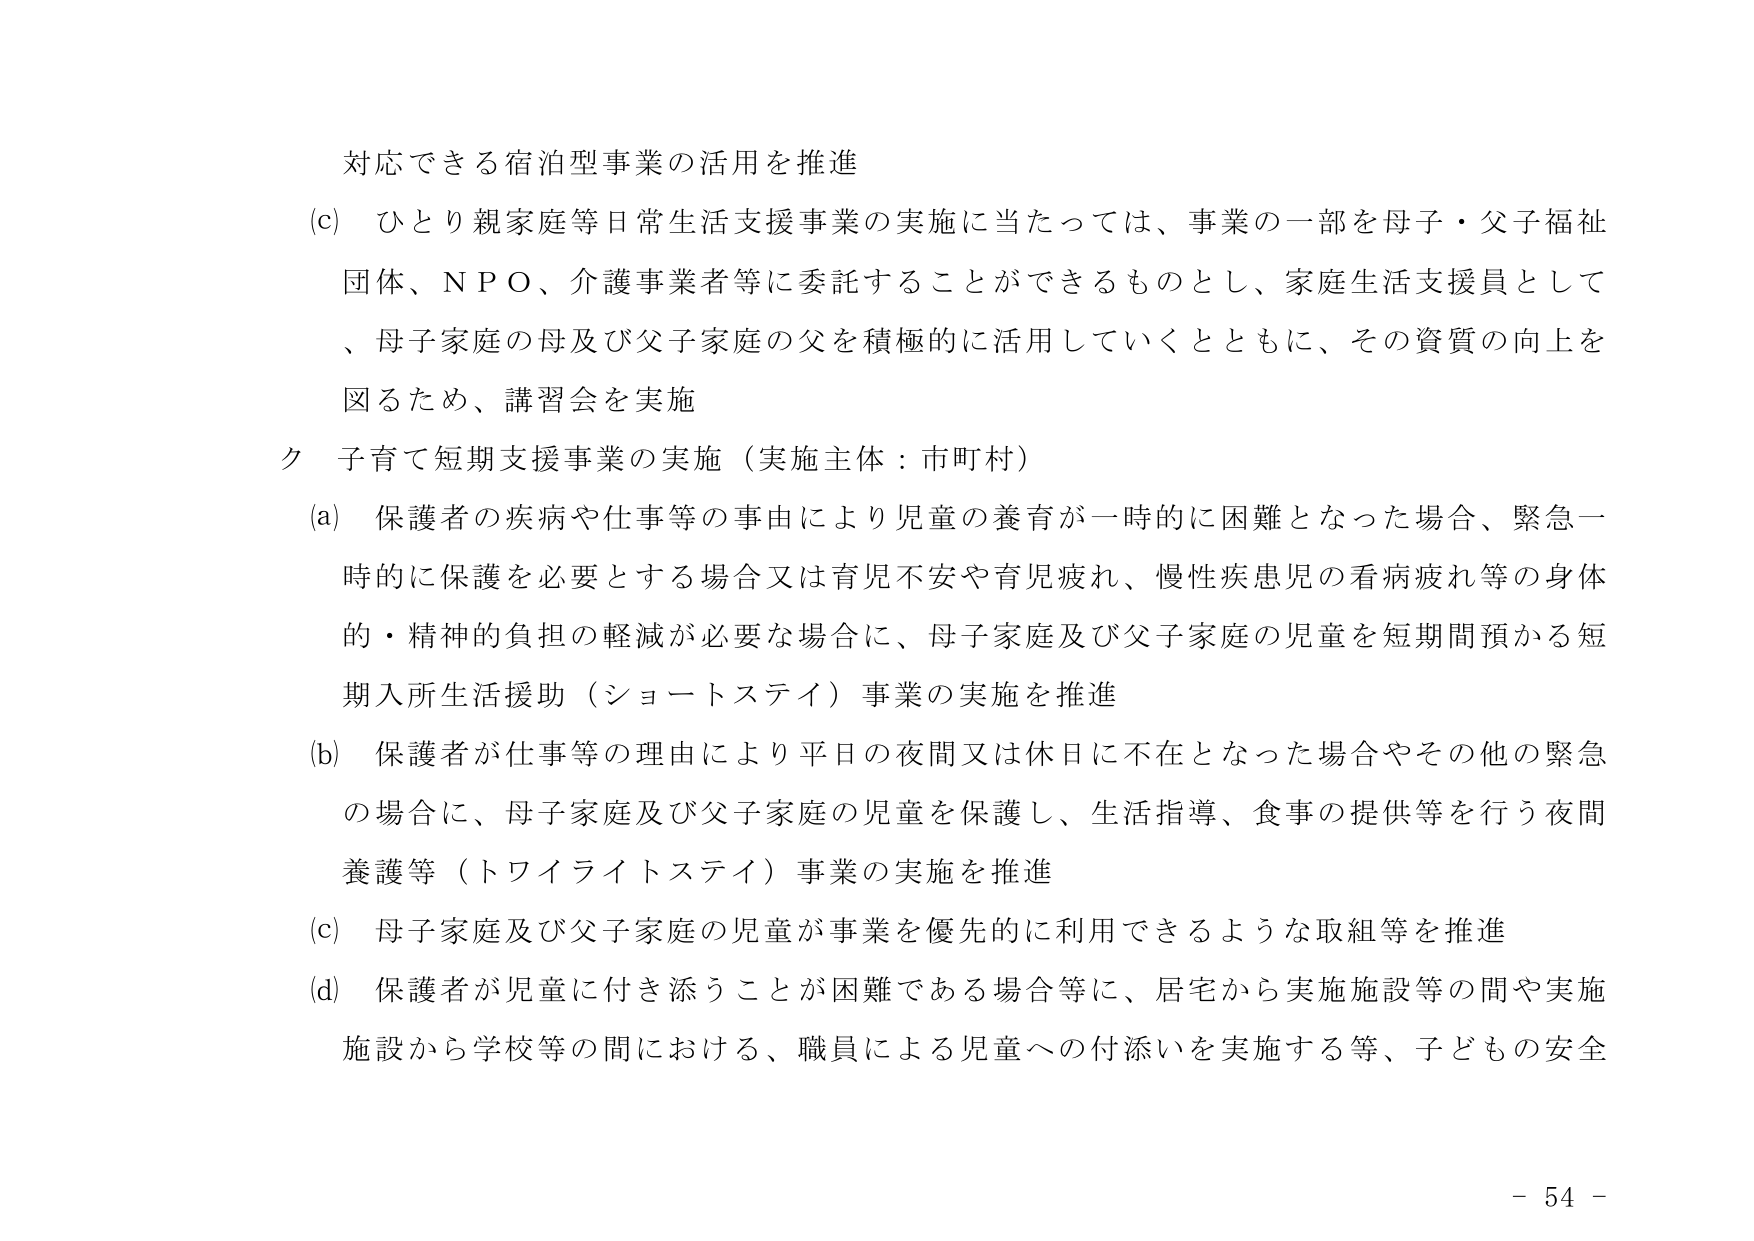
対応できる宿泊型事業の活用を推進
(c) ひとり親家庭等日常生活支援事業の実施に当たっては、事業の一部を母子・父子福祉団体、ＮＰＯ、介護事業者等に委託することができるものとし、家庭生活支援員として、母子家庭の母及び父子家庭の父を積極的に活用していくとともに、その資質の向上を図るため、講習会を実施
ク 子育て短期支援事業の実施（実施主体：市町村）
(a) 保護者の疾病や仕事等の事由により児童の養育が一時的に困難となった場合、緊急一時的に保護を必要とする場合又は育児不安や育児疲れ、慢性疾患児の看病疲れ等の身体的・精神的負担の軽減が必要な場合に、母子家庭及び父子家庭の児童を短期間預かる短期入所生活援助（ショートステイ）事業の実施を推進
(b) 保護者が仕事等の理由により平日の夜間又は休日に不在となった場合やその他の緊急の場合に、母子家庭及び父子家庭の児童を保護し、生活指導、食事の提供等を行う夜間養護等（トワイライトステイ）事業の実施を推進
(c) 母子家庭及び父子家庭の児童が事業を優先的に利用できるような取組等を推進
(d) 保護者が児童に付き添うことが困難である場合等に、居宅から実施施設等の間や実施施設から学校等の間における、職員による児童への付添いを実施する等、子どもの安全
- 54 -